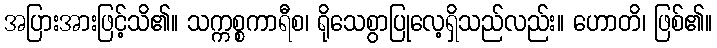
အပြားအားဖြင့်သိ၏။ သက္ကစ္စကာရီစ၊ ရိုသေစွာပြုလေ့ရှိသည်လည်း။ ဟောတိ၊ ဖြစ်၏။